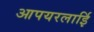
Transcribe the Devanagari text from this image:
आपयरलाईि